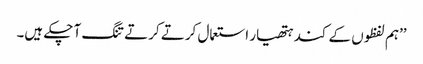
’’ہم لفظوں کے کند ہتھیار استعمال کرتے کرتے تنگ آ چکے ہیں۔